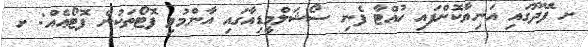
ށ ފޭދޫގައި އަނިޔާކޮށްފައި ހުއްޓާ ފެނި ސޯޝަލްމީޑިއާގައި އާންމުވި ފޮޓޯތަކުން ފޮޓޯޢެއް: ށ